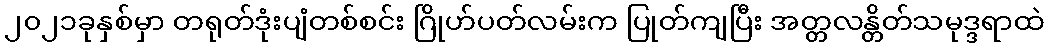
၂၀၂၁ခုနှစ်မှာ တရုတ်ဒုံးပျံတစ်စင်း ဂြိုဟ်ပတ်လမ်းက ပြုတ်ကျပြီး အတ္တလန္တိတ်သမုဒ္ဒရာထဲ